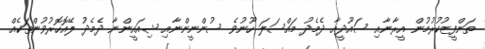
ތަންފީޒުކުރުމުން އީރާނާއި ސައޫދީއާ ދެމެދު މައްސަލަ ހޫނުވެ ސުންނީންނާއި ޝިއައީންނާ ދެމެދު ލޭއޮހޮރުވުންތަކެއް